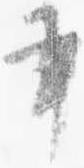
書